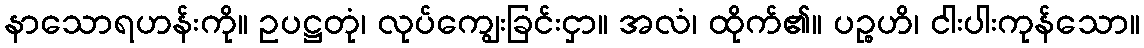
နာသောရဟန်းကို။ ဥပဋ္ဌတုံ၊ လုပ်ကျွေးခြင်းငှာ။ အလံ၊ ထိုက်၏။ ပဉ္စဟိ၊ ငါးပါးကုန်သော။